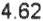
4.62